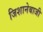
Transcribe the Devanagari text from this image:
जिशानेबाजी